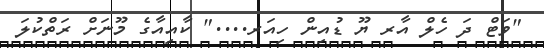
"ވަޓް ދަ ހެލް އާރ ޔޫ ޑުއިން ހިއަރ...." ކާއިއާގެ މޫނަށް ރަތްކުލަ